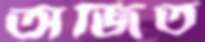
অজিত